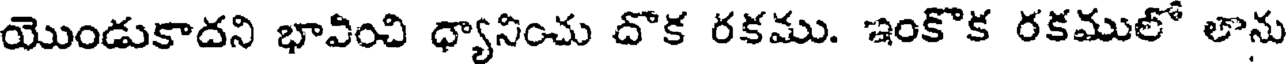
యొండుకాదని భావించి ధ్యానించు దొక రకము. ఇంకొక రకములో లాను